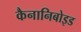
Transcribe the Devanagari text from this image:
कैनानिबोइड